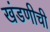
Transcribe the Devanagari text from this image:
खंडणीची